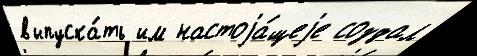
выпуска́ть им настоjа́щеjе создал